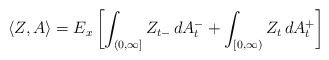
\begin{align*}\langle Z,A \rangle =E_x\left[\int_{(0,\infty]}Z_{t-}\,dA^-_t + \int_{[0,\infty)}Z_t\,dA^+_t\right] \end{align*}